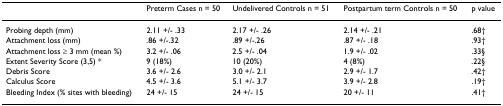
<table><thead><tr><td></td><td><b>Preterm Cases n = 50</b></td><td><b>Undelivered Controls n = 51</b></td><td><b>Postpartum term Controls n = 50</b></td><td><b>p value</b></td></tr></thead><tbody><tr><td>Probing depth (mm)</td><td>2.11 +/- .33</td><td>2.17 +/- .26</td><td>2.14 +/- .21</td><td>.68†</td></tr><tr><td>Attachment loss (mm)</td><td>.86 +/-.32</td><td>.89 +/-.26</td><td>.87 +/- .18</td><td>.93†</td></tr><tr><td>Attachment loss ≥ 3 mm (mean %)</td><td>3.2 +/- .06</td><td>2.5 +/- .04</td><td>1.9 +/- .02</td><td>.33§</td></tr><tr><td>Extent Severity Score (3,5) *</td><td>9 (18%)</td><td>10 (20%)</td><td>4 (8%)</td><td>.22§</td></tr><tr><td>Debris Score</td><td>3.6 +/- 2.6</td><td>3.0 +/- 2.1</td><td>2.9 +/- 1.7</td><td>.42†</td></tr><tr><td>Calculus Score</td><td>4.5 +/- 3.6</td><td>5.1 +/- 3.7</td><td>3.9 +/- 2.8</td><td>.19†</td></tr><tr><td>Bleeding Index (% sites with bleeding)</td><td>24 +/- 15</td><td>24 +/- 15</td><td>20 +/- 11</td><td>.41†</td></tr></tbody></table>